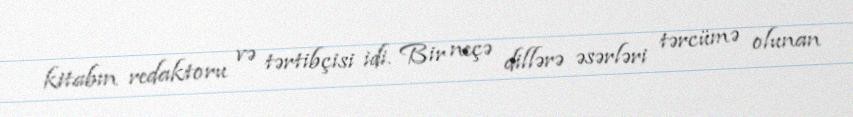
kitabın redaktoru və tərtibçisi idi. Bir neçə dillərə əsərləri tərcümə olunan